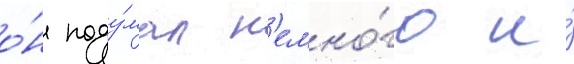
о́н поду́мал н'емно́го и́